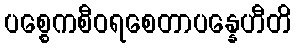
ပစ္စေကစီဝရစေတာပန္နေဟီတိ